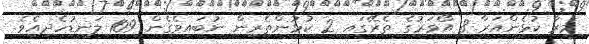
މީރާ ކުޅެންއަރާ 8 އޯވަރުގެ ތެރޭގައި 2 ކުޅުންތެރިން ނުބައިވެގެން 109 ލަނޑުހެދިއެވެ.